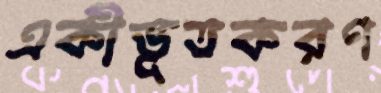
একীভূতকরণ